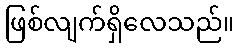
ဖြစ်လျက်ရှိလေသည်။